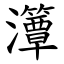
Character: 㶘